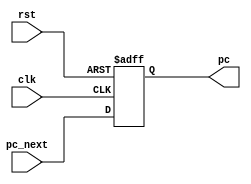
module pc
	#(parameter N=32) (
	input clk,rst,
	input [N-1:0] pc_next,

	output reg [N-1:0] pc
    );

	always @(posedge clk,posedge rst) begin
		if(rst) begin
			pc <= 0;
		end
		else begin
			pc <= pc_next;
		end
	end
endmodule